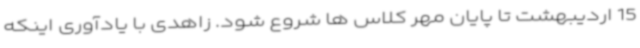
15 اردیبهشت تا پایان مهر کلاس ها شروع شود. زاهدی با یادآوری اینکه